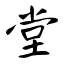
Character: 堂